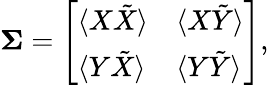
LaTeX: \mathbf{\Sigma}=\left[\begin{array}{ll}{\langle X\tilde{X}\rangle}&{\langle X\tilde{Y}\rangle}\\ {\langle Y\tilde{X}\rangle}&{\langle Y\tilde{Y}\rangle}\end{array}\right],